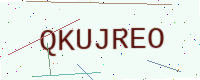
Text: QKUJREO